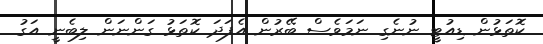
ކޮތަޅުން ޑިއުޓީ ނުނެގި ނަމަވެސް ބޭރުން އެފަދަ ކޮތަޅު ގަންނަން ލިބެނީ އަގު